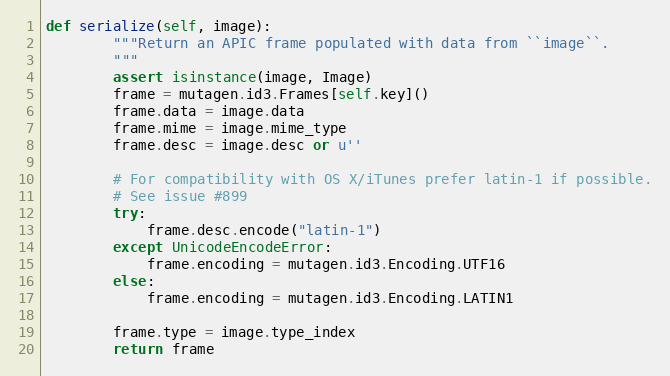
Language: Python
def serialize(self, image):
        """Return an APIC frame populated with data from ``image``.
        """
        assert isinstance(image, Image)
        frame = mutagen.id3.Frames[self.key]()
        frame.data = image.data
        frame.mime = image.mime_type
        frame.desc = image.desc or u''

        # For compatibility with OS X/iTunes prefer latin-1 if possible.
        # See issue #899
        try:
            frame.desc.encode("latin-1")
        except UnicodeEncodeError:
            frame.encoding = mutagen.id3.Encoding.UTF16
        else:
            frame.encoding = mutagen.id3.Encoding.LATIN1

        frame.type = image.type_index
        return frame